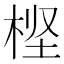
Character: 㭴